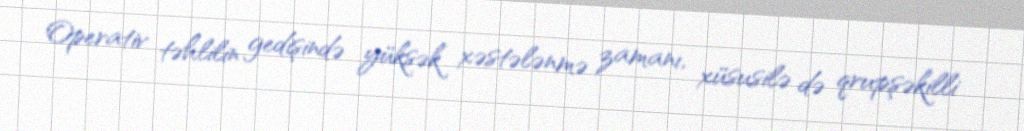
Operativ təhlilin gedişində yüksək xəstələnmə zamanı, xüsusilə də qrupşəkilli